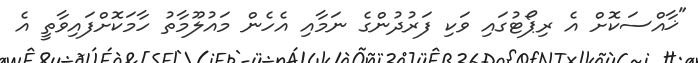
"ޚާއްސަކޮށް އެ ރިޕޯޓުގައި ވަކި ފަރުދުންގެ ނަމާއި އެހެން މައުލޫމާތު ހާމަކޮށްފައިވާތީ އެ